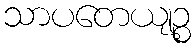
သာပတေယျဉ္စ